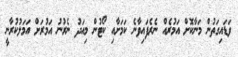
ވަޑައިގަތުން މަނާކޮށް އަމުރެއް ނެރެފައިވާނެ ކަމަށާއި ކޯޓުން މިއަދު ނެރުނު އަމުރަށް އަމަލުކުރާނީ